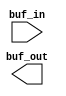
// This program was cloned from: https://github.com/chipsalliance/aib-phy-hardware
// License: Apache License 2.0

// SPDX-License-Identifier: Apache-2.0
// Copyright (C) 2019 Intel Corporation. 
//****************************************************************************************
// Copyright (C) 2011 Altera Corporation. .
//
//****************************************************************************************

//------------------------------------------------------------------------
// Description: standard clock buf
// 
// A simple clock buffer. 
// Use this as a convenient point for clock definition for internally generated clocks
// All "create_clock" commands can then refer to this buffer
//
//------------------------------------------------------------------------

module altr_hps_buf (
    input  wire         buf_in,     // clock input
    output wire         buf_out     // clock output
);

`ifdef ALTR_HPS_INTEL_MACROS_OFF
   assign buf_out = buf_in;
`else
`endif

endmodule // altr_hps_ckbuf